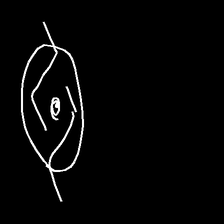
Glyph: repetition